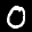
Label: 0